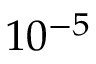
1 0 ^ { - 5 }